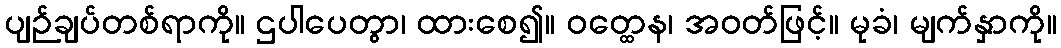
ပျဉ်ချပ်တစ်ရာကို။ ဌပါပေတွာ၊ ထားစေ၍။ ဝတ္ထေန၊ အဝတ်ဖြင့်။ မုခံ၊ မျက်နှာကို။